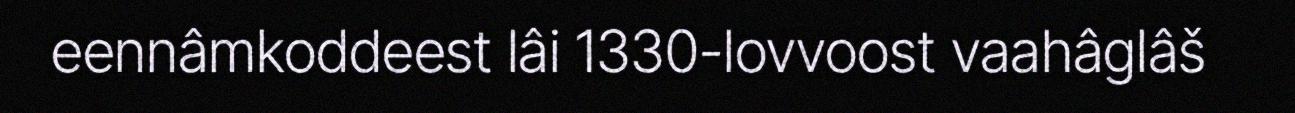
eennâmkoddeest lâi 1330-lovvoost vaahâglâš